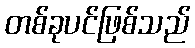
တစ်ခုပင်ဖြစ်သည်